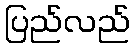
ပြည်လည်